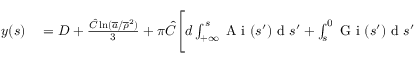
\begin{array} { r l } { y ( s ) } & { { } = D + \frac { \hat { C } \ln ( \overline { { a } } / \overline { { \rho } } ^ { 2 } ) } { 3 } + \pi \hat { C } \Bigg [ d \int _ { + \infty } ^ { s } \mathrm { ~ A ~ i ~ } ( s ^ { \prime } ) \mathrm { ~ d ~ } s ^ { \prime } + \int _ { s } ^ { 0 } \mathrm { ~ G ~ i ~ } ( s ^ { \prime } ) \mathrm { ~ d ~ } s ^ { \prime } } \end{array}